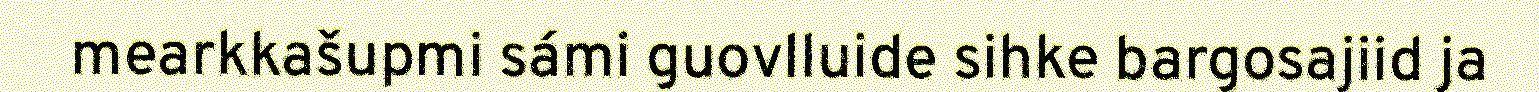
mearkkašupmi sámi guovlluide sihke bargosajiid ja